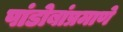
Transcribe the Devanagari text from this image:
पांडोबांप्रमाणे